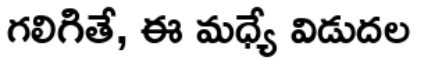
గలిగితే, ఈ మధ్యే విడుదల